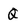
Character: Q